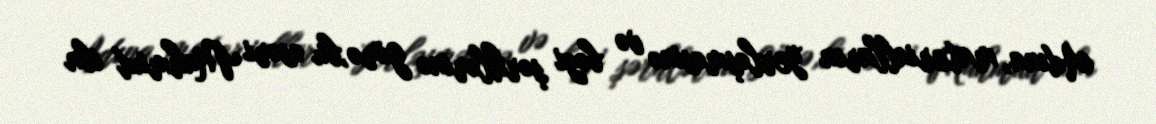
Adına, materialların yerləşməsinə və bəzi şərhlərinə görə,bu əsəri Mahmud ibn